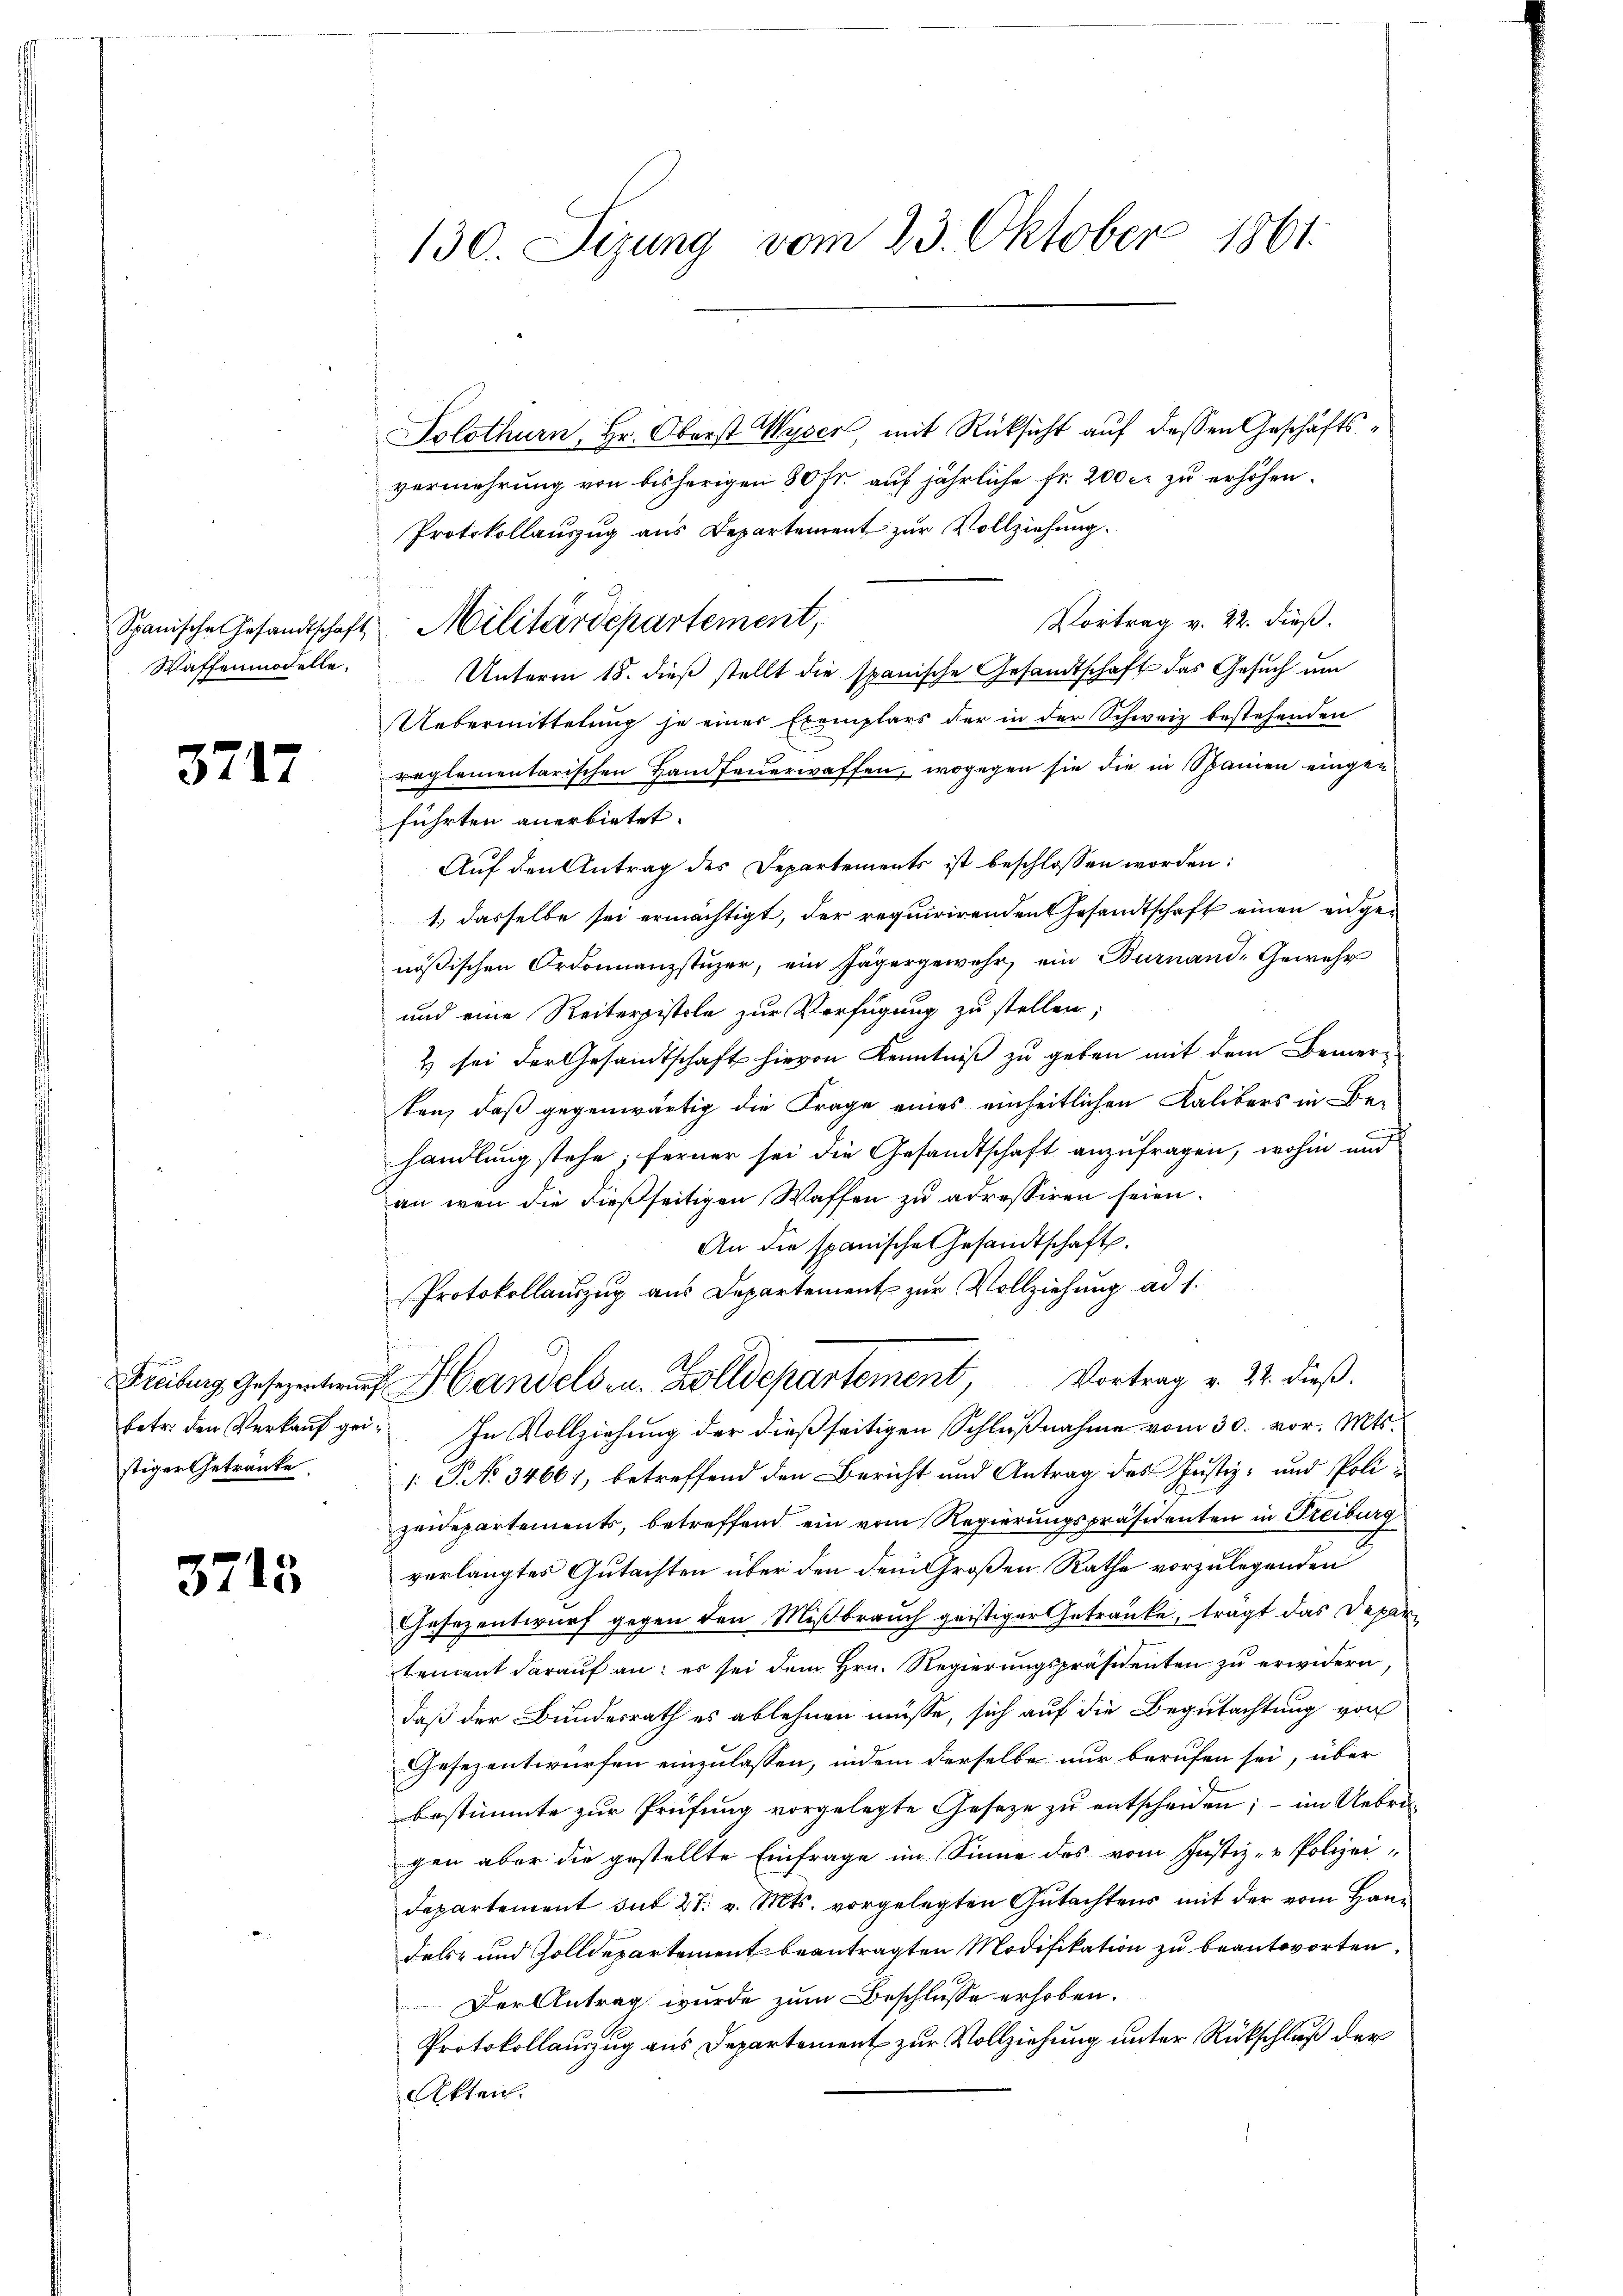
Waffenmodelle.

3717

stiger Getränke.

3715

130. Sizung vom 23. Oktober 1861.

Solothurn, Hr. Oberst Wyser mit Rücksicht auf dessen Geschäftsvermehrung von bisherigen 80 fr. auf jährliche Fr. 200 c. zu erhöhen.
Protokollauszug aus Departement zur Vollziehung.
Vortrag v. 22. dieß.
Unterm 15. dieß stellt die spanische Gesandtschaft das Gesuch um
Uebermittelung je einer Exemplars der in der Schweiz bestehenden
reglementarischen Hand feuerwaffen, wogegen sie die in Spainen eingen.
führten anerbietet.
Auf den Antrag des Departements ist beschlossen worden:
1.) dasselbe sei ermächtigt, der requirirenden Gesandtschaft einen angenößischen Ordonnanzstuzer, ein Jägergewehr ein Burnand, Gewehr
und eine Reiterpistole zur Verfügung zu stellen;
& sei der Gesandtschaft hievon Kenntniß zu geben mit dem Bemerten, daß gegenwärtig die Frage eines einheitlichen Kalibers in Be-
handlung stehe; ferner sei die Gesandtschaft anzufragen, wohin und
an wenn die dießseitigen Waffen zu adressiren seien.
An die spanische Gesandtschaft.
Protokollauszug aus Departement zur Vollziehung ad 1.
2
Freibung Gesezenten Handelsen. Zolldepartement, Vortrag v. 22. dieß.
betr. den Verkaŭf gei- In Vollziehŭng der dieβ seitigen Schlŭβnahme vom 30. vor. Mts.
1 P. No 34661, betreffend den Bericht und Antrag des Justiz- und Polizeidepartements, betreffend ein vom Regierungspräsidenten in Freiburg
verlangtes Gutachten über den dem Großen Rathe vorzulegenden
Gesezentwurf gegen den Mißbrauch geistiger Getränke, trägt das Depar-
tement darauf an: es sei dem Hrn. Regierungspräsidenten zu erwidern,
daß der Bundesrath es ablehnen müsse, sich auf die Begutachtung von
Gesezentwürfen einzulassen, indem derselbe nur berufen sei, über
bestimmte zur Prüfung vorgelegte Geseze zu entscheiden; – im Uebri
gen aber die gestellte Einfrage im Sinne des vom Justiz- & Polizei¬
Departement sub 27. v. Mts. vorgelegten Gutachtens mit der vom Handels- und Zolldepartement beantragten Modifikation zu beantworten,
Der Antrag wurde zum Beschlusse erhoben.
Protokollauszug aus Departement zur Vollziehung unter Rückschluß der
Akten.

Spanische Gesandtschaft Militärdepartement,